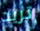
تريد